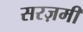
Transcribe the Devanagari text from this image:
सरज़मीं